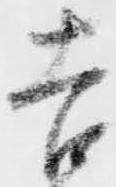
吉